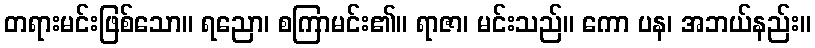
တရားမင်းဖြစ်သော။ ရညော၊ စကြာမင်း၏။ ရာဇာ၊ မင်းသည်။ ကော ပန၊ အဘယ်နည်း။